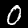
Digit: 0